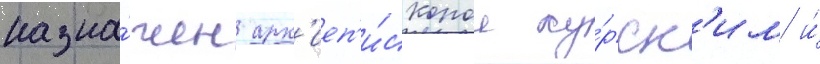
назна́чен арх'иеп'и́скопом ку́рск'им и́